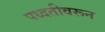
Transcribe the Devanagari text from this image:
पध्दतीवरून